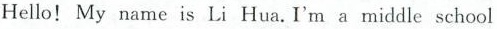
Hello！My name is Li Hua.I'm a middle school